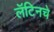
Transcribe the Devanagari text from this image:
लॅटिनचे